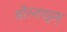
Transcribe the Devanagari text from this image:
श्रीरंगपट्टम्